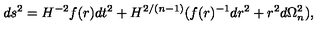
d s ^ { 2 } = H ^ { - 2 } f ( r ) d t ^ { 2 } + H ^ { 2 / ( n - 1 ) } ( f ( r ) ^ { - 1 } d r ^ { 2 } + r ^ { 2 } d \Omega _ { n } ^ { 2 } ) ,